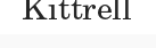
Kittrell